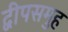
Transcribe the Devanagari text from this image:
द्वीपसमुह